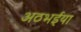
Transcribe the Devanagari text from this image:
अठभईया